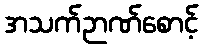
အသက်ဉာဏ်စောင့်